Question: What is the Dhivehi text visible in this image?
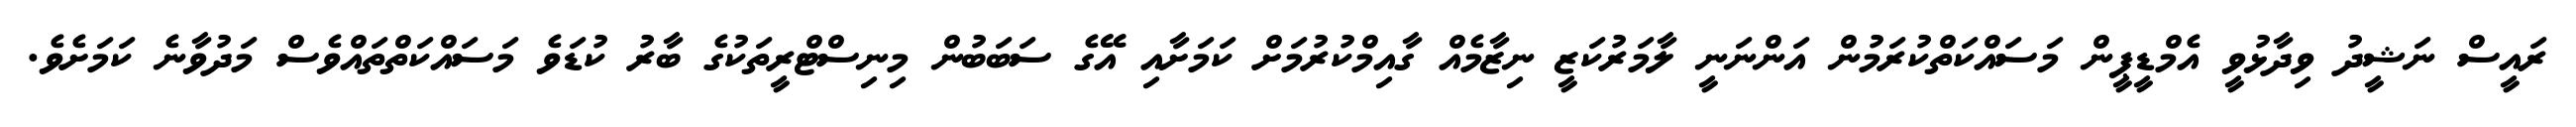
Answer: ރައީސް ނަޝީދު ވިދާޅުވީ އެމްޑީޕީން މަސައްކަތްކުރަމުން އަންނަނީ ލާމަރުކަޒީ ނިޒާމެއް ގާއިމްކުރުމަށް ކަމަށާއި އޭގެ ސަބަބުން މިނިސްޓްރީތަކުގެ ބާރު ކުޑަވެ މަސައްކަތްތައްވެސް މަދުވާނެ ކަމަށެވެ.